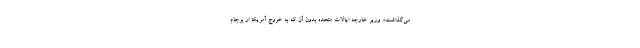
می‌گذاشت». وزیر خارجه ایالات متحده بدون آن که به خروج آمریکا از برجام